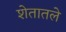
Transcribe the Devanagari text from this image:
शेतातले